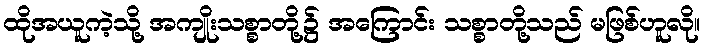
ထိုအယူကဲ့သို့ အကျိုးသစ္စာတို့၌ အကြောင်း သစ္စာတို့သည် မဖြစ်ဟူလို။